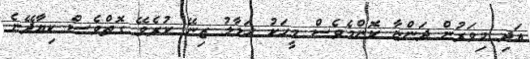
އަދި މިވަރުން ދަންޏާ ކޮންމެވެސް މީހަކު ހަލާލު ޒިނޭ ކުރެވޭ ގޮތްވެސް ކިޔާދޭނެ.